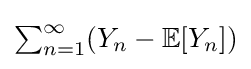
\textstyle \sum _{n=1}^{\infty }(Y_{n}-\mathbb {E} [Y_{n}])